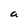
Character: a